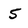
Character: 5